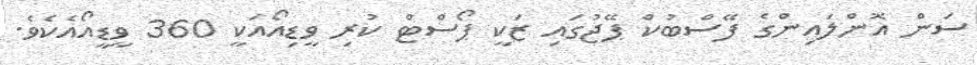
ސަން އޮންލައިންގެ ފޭސްބުކް ޕޭޖުގައި ޒަކީ ޕޯސްޓް ކުރި ވީޑިއޯއަކީ 360 ވީޑީއޯއެކެވެ.